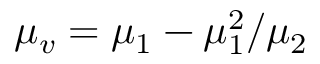
\mu _ { v } = \mu _ { 1 } - \mu _ { 1 } ^ { 2 } / \mu _ { 2 }